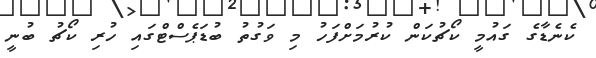
ކެނެޑާގެ ގައުމީ ކޯޗުކަން ކުރުމަށްފަހު މި ވަގުތު ބުޑަޕެސްޓްގައި ހުރި ކޯޗު ބުނީ